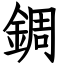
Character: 錭